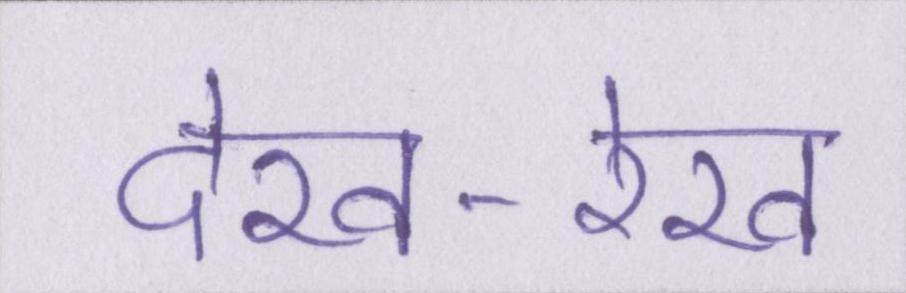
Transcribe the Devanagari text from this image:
देख-रेख